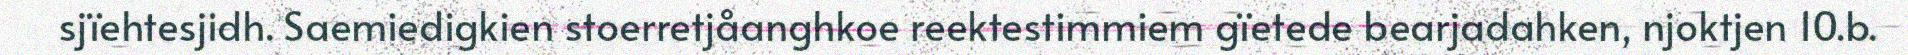
sjïehtesjidh. Saemiedigkien stoerretjåanghkoe reektestimmiem gïetede bearjadahken, njoktjen 10.b.